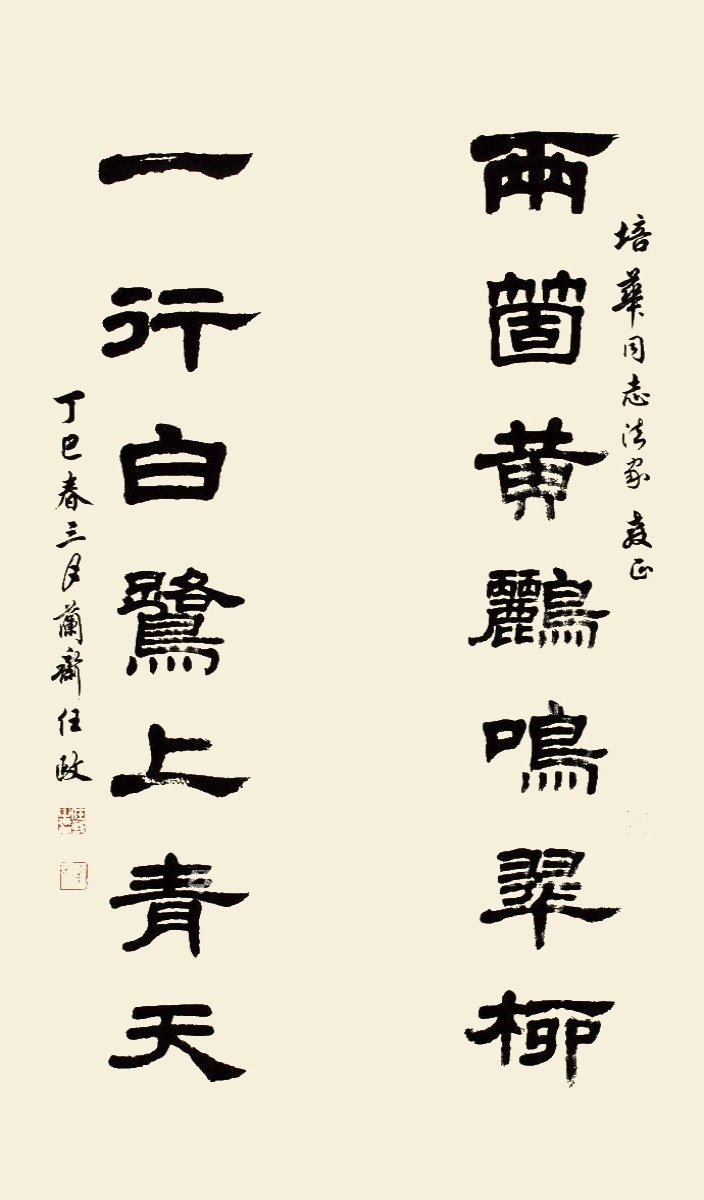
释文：两个黄鹂鸣翠柳，一行白鹭上青天。培华同志法家教正。丁巳春三月，兰斋任政。